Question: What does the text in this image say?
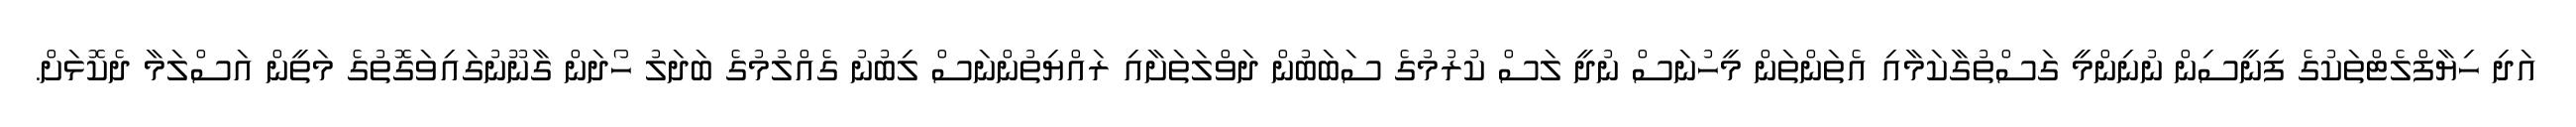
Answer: އަދި ހިޔާފްލެޓްތަކުގެ ފިނީސިން ނުނިންމީ ގަސްތުގާކަމާއި އެތަންތަން މީހުނަސް ނުދީ ލަސް ކުރުމުގެ ސަބަބުން ދަވްލަތަށާއި ރައްޔިތުންނަސް ލިބުނު ގެއްލުމުގެ ބަދަލު ހޯދަން ގާނޫނުގައިވަގޮތުގެ މަތީން އަސްލަމާ ދެކޮޅަށް.